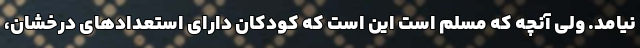
نیامد. ولی آنچه که مسلم است این است که کودکان دارای استعدادهای درخشان،